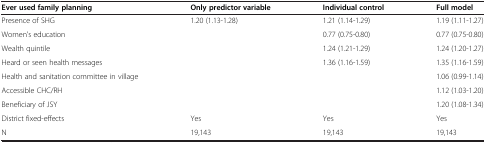
| Ever used family planning | Only predictor variable | Individual control | Full model |
 | --- | --- | --- | --- |
 | Presence of SHG | 1.20 (1.13-1.28) | 1.21 (1.14-1.29) | 1.19 (1.11-1.27) |
 | Women’s education |  | 0.77 (0.75-0.80) | 0.77 (0.75-0.80) |
 | Wealth quintile |  | 1.24 (1.21-1.29) | 1.24 (1.20-1.27) |
 | Heard or seen health messages |  | 1.36 (1.16-1.59) | 1.35 (1.16-1.59) |
 | Health and sanitation committee in village |  |  | 1.06 (0.99-1.14) |
 | Accessible CHC/RH |  |  | 1.12 (1.03-1.20) |
 | Beneficiary of JSY |  |  | 1.20 (1.08-1.34) |
 | District fixed-effects | Yes | Yes | Yes |
 | N | 19,143 | 19,143 | 19,143 |